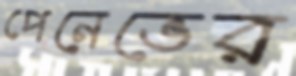
পেনেভের